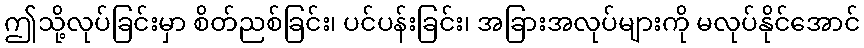
ဤသို့လုပ်ခြင်းမှာ စိတ်ညစ်ခြင်း၊ ပင်ပန်းခြင်း၊ အခြားအလုပ်များကို မလုပ်နိုင်အောင်